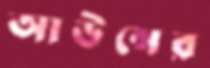
আউন্সের